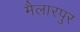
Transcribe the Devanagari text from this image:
मैलारपुर